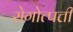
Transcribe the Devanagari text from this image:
रोगोत्पत्ती